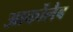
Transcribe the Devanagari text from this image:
आर्कोलैब